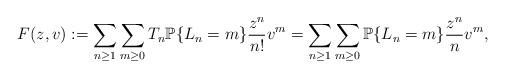
LaTeX: \begin{align*} F(z,v) := \sum_{n \ge 1} \sum_{m \ge 0} T_{n} \mathbb{P}\{L_{n}=m\} \frac{z^{n}}{n!} v^{m}= \sum_{n \ge 1} \sum_{m \ge 0} \mathbb{P}\{L_{n}=m\} \frac{z^{n}}{n} v^{m},\end{align*}